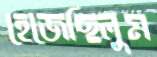
হেজেছিলুম